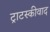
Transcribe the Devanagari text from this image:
ट्राटस्कीवाद